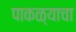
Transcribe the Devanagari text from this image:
पाकळ्याचा